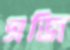
এজি